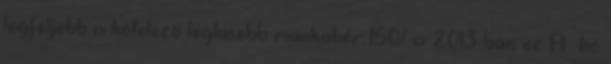
legfeljebb a kötelező legkisebb munkabér 150%-a 2013-ban ez Ft hó